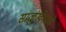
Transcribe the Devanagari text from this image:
साळुंखेमध्ये